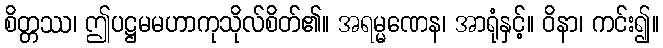
စိတ္တဿ၊ ဤပဋ္ဌမမဟာကုသိုလ်စိတ်၏။ အရမ္မဏေန၊ အာရုံနှင့်။ ဝိနာ၊ ကင်း၍။